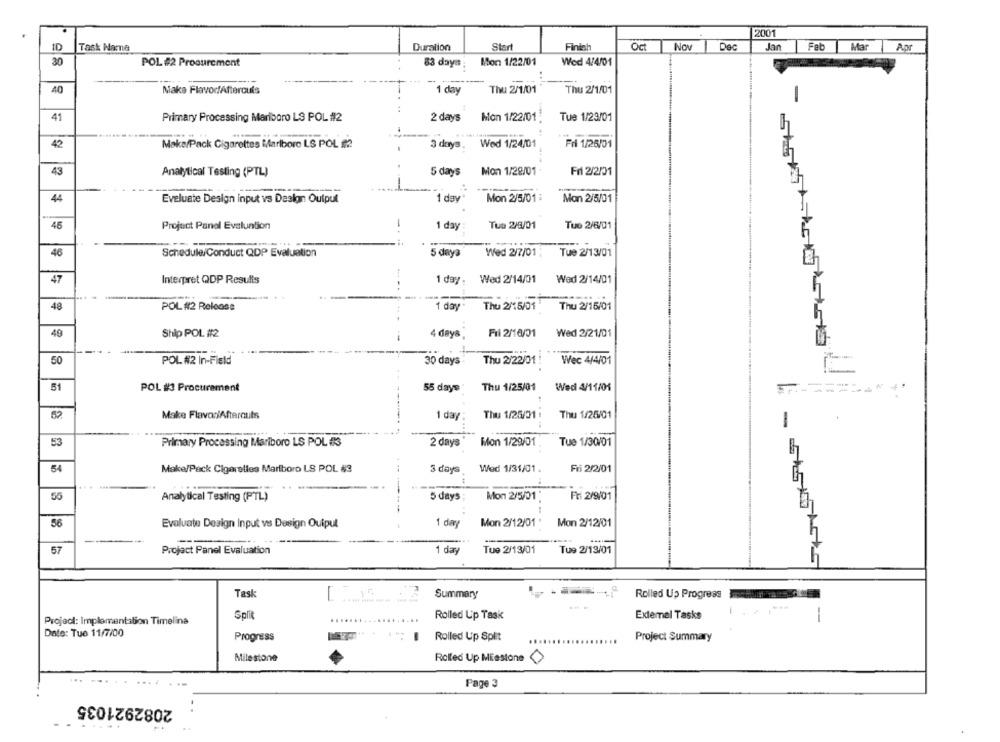
2001
1D
Task Name
Duration
Start
Finish
Oct
Nov
Dec
Jan
Feb
Mar
Ant
30
POL #2 Procurement
83 day .:
Mon 1/22/01
Wed 4/4/01
--
40
Make Flavor/Afterouls
1 day
Thu 2/1/01
Thu 2/1/01
1
41
Primary Processing Mariboro LS POL #2
2 days
Mon 1/22/01
Tue 1/23/01
..
42
Make/Pack Cigarettes Marlboro LS POL #2
3 days.
Wed 1/24/01
Fri 1/26/01
43
Mon 1/28/01
Fri 2/2/01
Analytical Testing (PTL)
5 days
-
44
Eveluate Design input vs Design Output
1 day
Mon 2/5/01 :
Mon 2/5/01
45
Project Panel Evaluation
1 day
Tua 2/3/01
Tuo 2/8/01
46
Schedule/Conduct QDP Evaluation
5 daya
Wed 2/7/01;
Tue 2/13/01
47
Interpret QDP Results
1 day.
Wed 2/14/01
Wed 2/14/01
48
POL #2 Release
1 day
Thu 2/15/01
Thu 2/15/01
40
Ship POL #2
4 days
Fil 2/10/01
Wed 2/21/01
50
POL #2 In-Field
30 days
Thu 2/22/01
Wec 4/4/01
-
51
POL #3 Procurement
55 days
Thu 1/25/01
Wed 4/11/01
--
Make Flavo:/Afterouts
1 day
Thu 1/26/31:
Thu 1/26/01
-
53
Primary Processing Mariboro LS POL #3
2 days
Mon 1/29/01
Tue 1/30/01
..
54
Wed 1/31/01.
Fri 2/2/01
Make/Pack Cigarelles Marlboro LS POL #3
3 days
55
Analytical Testing (PTL)
5 days
Mon 2/5/21'
Fri 2/9/01
...
56
Evaluate Design Input vs Design Quipul
1 day
Mon 2/12/01 '
Mon 2/12/01
57
1 day
Tue 2/13/01
Tu9 2/13/01
Project Panel Evaluation
Task
Summary
Rolled Up Progress
Split
Rolled Up Task
Extemel Tasks
Project: Implementation Timelina
.........
-
Date: Tue 11/7/00
Progress
...
Rolled Up Split
Project Summary
...
Milestone
Rolled Up Milestone
Page 3
2082921035